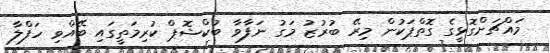
މައްޗަށްގޮޅީގެ ގޮތްޕަކުން މިރޭ ބުރުޒު މަގު ނަފާވާ ބުކްޝޮޕް ކުރިމަތީގައި ބޭއްވި ހަފްލާ